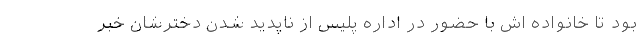
بود تا خانواده اش با حضور در اداره پلیس از ناپدید شدن دخترشان خبر